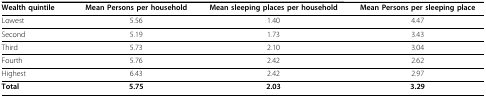
<table><thead><tr><td><b>Wealth quintile</b></td><td><b>Mean Persons per household</b></td><td><b>Mean sleeping places per household</b></td><td><b>Mean Persons per sleeping place</b></td></tr></thead><tbody><tr><td>Lowest</td><td>5.56</td><td>1.40</td><td>4.47</td></tr><tr><td>Second</td><td>5.19</td><td>1.73</td><td>3.43</td></tr><tr><td>Third</td><td>5.73</td><td>2.10</td><td>3.04</td></tr><tr><td>Fourth</td><td>5.76</td><td>2.42</td><td>2.62</td></tr><tr><td>Highest</td><td>6.43</td><td>2.42</td><td>2.97</td></tr><tr><td><b>Total</b></td><td><b>5.75</b></td><td><b>2.03</b></td><td><b>3.29</b></td></tr></tbody></table>